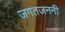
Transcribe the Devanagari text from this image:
जगतजननी